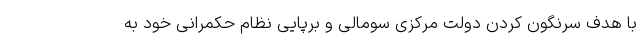
با هدف سرنگون کردن دولت مرکزی سومالی و برپایی نظام حکمرانی خود به